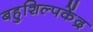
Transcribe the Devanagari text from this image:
बहुशिल्पकेंद्र